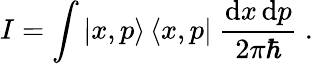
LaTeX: I=\int|x,p\rangle\, \langle x,p|~{\frac{\mathrm{d}x\, \mathrm{d}p}{2\pi\hbar}}~.